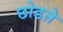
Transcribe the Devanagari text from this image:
छोडऩे